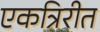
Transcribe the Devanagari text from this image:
एकत्रिरीत